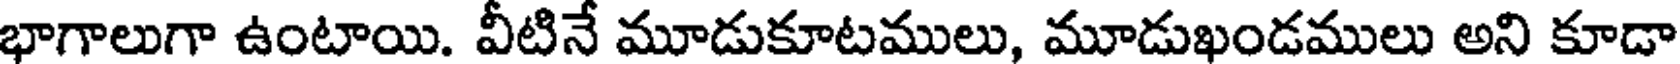
భాగాలుగా ఉంటాయి. వీటినే మూడుకూటములు, మూడుఖండములు అని కూడా